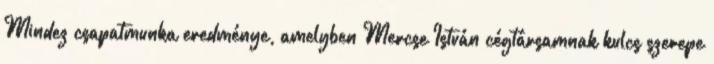
Mindez csapatmunka eredménye, amelyben Mercse István cégtársamnak kulcs szerepe